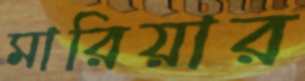
মারিয়ার